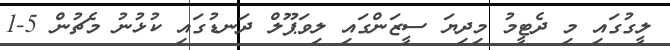
ލީގުގައި މި ދެޓީމު މިދިޔަ ސީޒަންގައި ލިވަޕޫލް ދަނޑުގައި ކުޅުނު މެޗުން 5-1